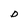
Character: D